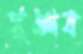
পুঙ্গব